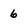
Character: 6